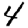
Digit: 4